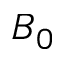
B _ { 0 }